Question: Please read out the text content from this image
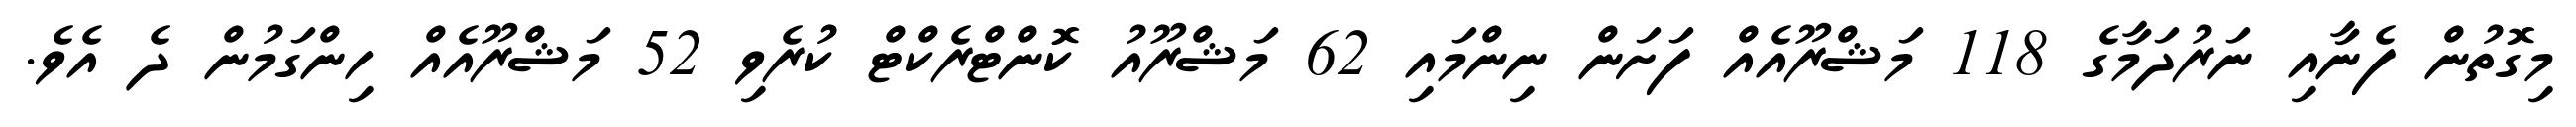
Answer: މިގޮތުން ފެނާއި ނަރުދަމާގެ 118 މަޝްރޫއެއް ފަށަން ނިންމައި 62 މަޝްރޫއު ކޮންޓްރެކްޓް ކުރެވި 52 މަޝްރޫއެއް ހިންގަމުން ދެ އެވެ.